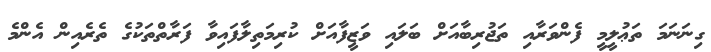
ގިނަނަމަ ތަޢުލީމީ ފެންވަރާއި ތަޖުރިބާއަށް ބަލައި ވަޒީފާއަށް ކުރިމަތިލާފައިވާ ފަރާތްތަކުގެ ތެރެއިން އެންމެ